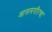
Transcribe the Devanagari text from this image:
आलमगीरचा